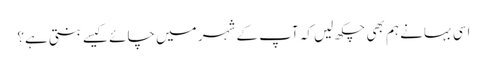
اسی بہانے ہم بھی چکھ لیں کہ آپ کے شہر میں چائے کیسے بنتی ہے؟